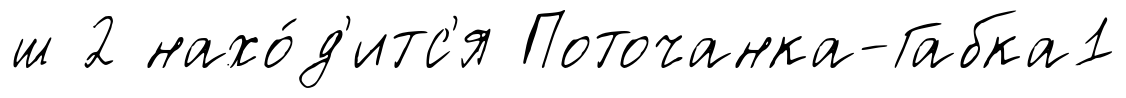
ш 2 нахо́д'итс'я Поточанка-Габка1